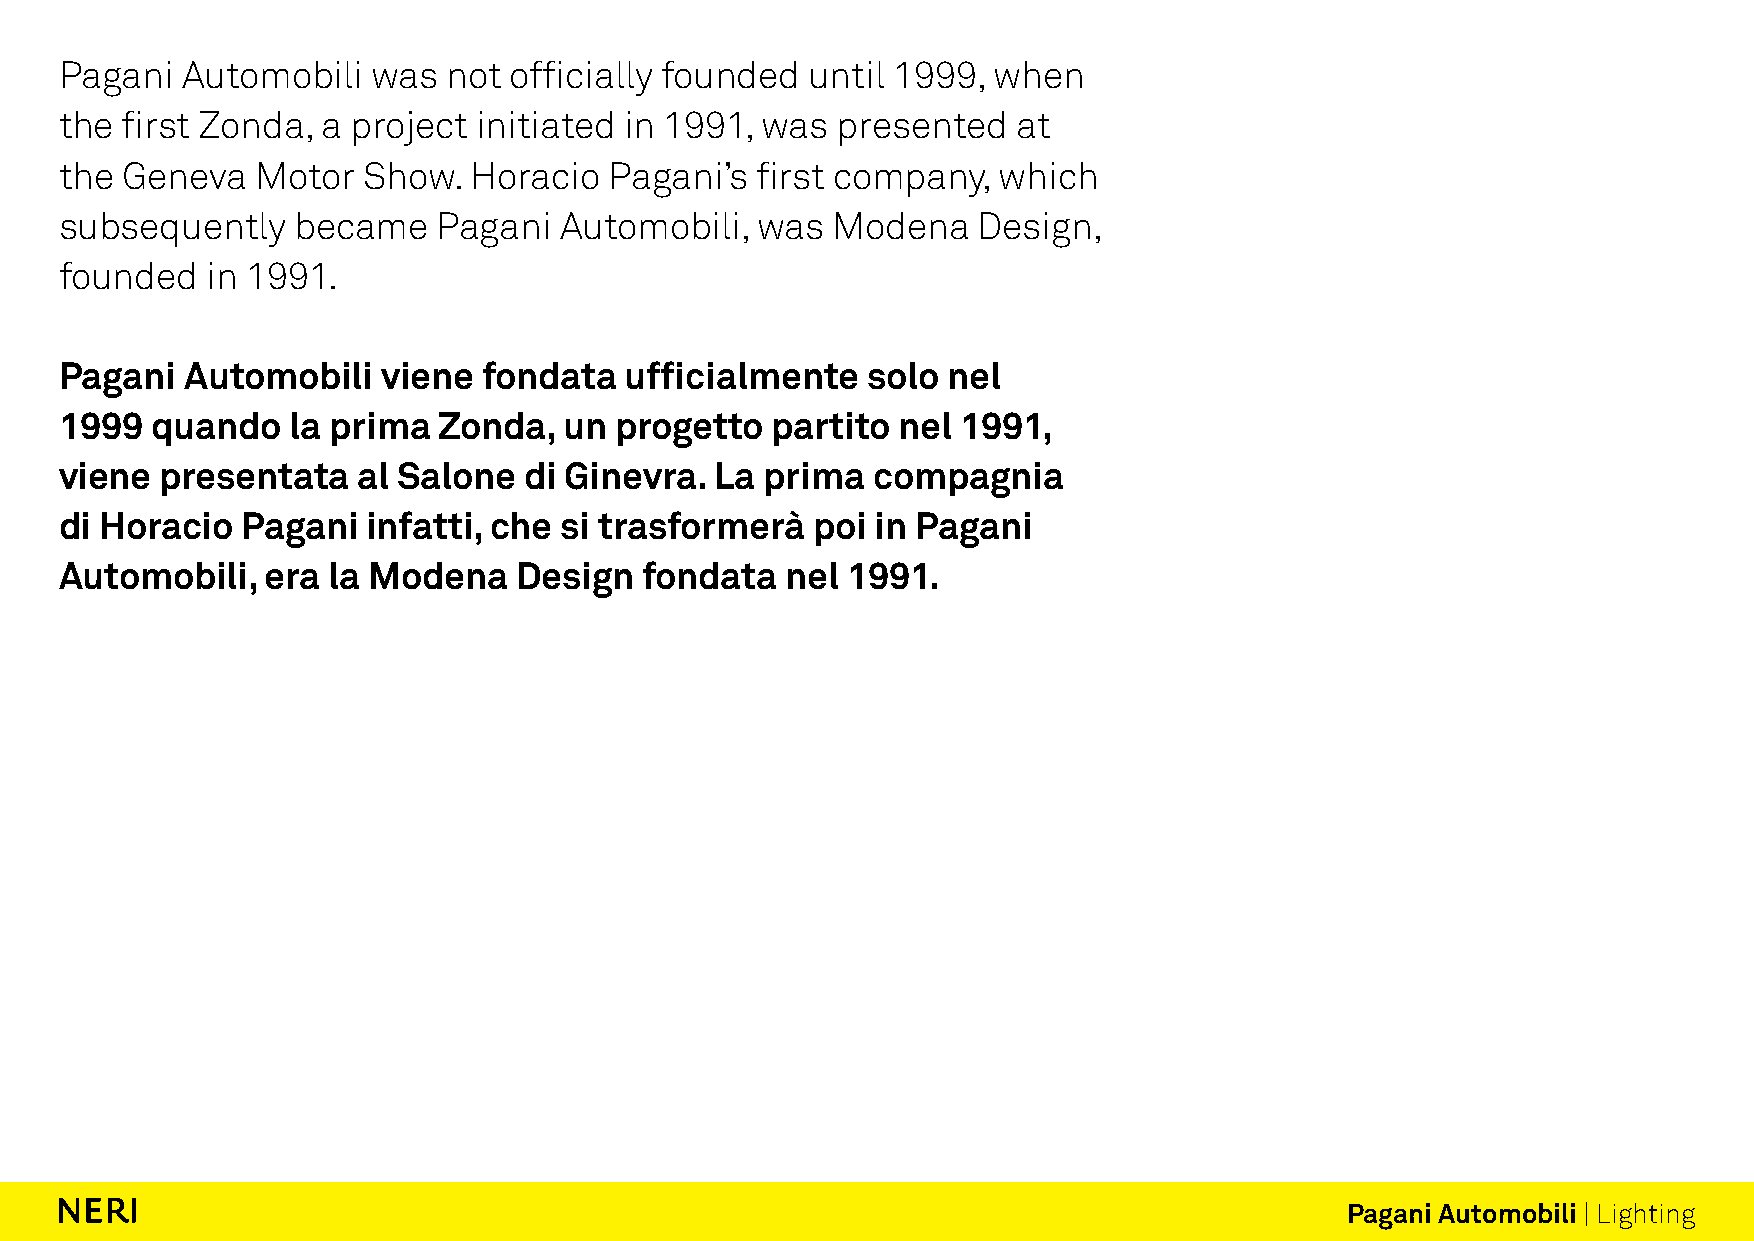
Pagani  Automobili   was  not officially founded  until 1999, when
 the first Zonda, a project  initiated in 1991, was presented   at
 the Geneva   Motor  Show.  Horacio  Pagani’s  first company,  which
 subsequently    became   Pagani  Automobili,  was  Modena    Design,
 founded   in 1991.
 Pagani  Automobili   viene  fondata  ufficialmente   solo  nel
 1999  quando   la prima  Zonda,  un  progetto  partito nel  1991,
 viene  presentata   al Salone  di Ginevra. La  prima  compagnia
 di Horacio  Pagani  infatti, che si trasformerà   poi in Pagani
 Automobili,   era la Modena   Design   fondata  nel 1991.
 Pagani Automobili | Lighting